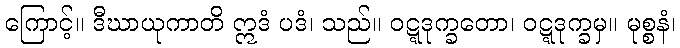
ကြောင့်။ ဒီဃာယုကာတိ ဣဒံ ပဒံ၊ သည်။ ဝဋ္ဋဒုက္ခတော၊ ဝဋ္ဋဒုက္ခမှ။ မုစ္စနံ၊